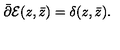
\bar { \partial } { \cal E } ( z , \bar { z } ) = \delta ( z , \bar { z } ) .